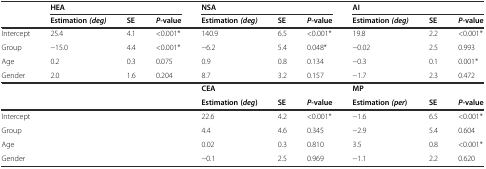
|  | <COLSPAN=3> HEA | <COLSPAN=3> NSA | <COLSPAN=3> AI |
 |  | Estimation(deg) | SE | P-value | Estimation(deg) | SE | P-value | Estimation(deg) | SE | P-value |
 | --- | --- | --- | --- | --- | --- | --- | --- | --- | --- |
 | Intercept | 25.4 | 4.1 | <0.001* | 140.9 | 6.5 | <0.001* | 19.8 | 2.2 | <0.001* |
 | Group | −15.0 | 4.4 | <0.001* | −6.2 | 5.4 | 0.048* | −0.02 | 2.5 | 0.993 |
 | Age | 0.2 | 0.3 | 0.075 | 0.9 | 0.8 | 0.134 | −0.3 | 0.1 | 0.001* |
 | Gender | 2.0 | 1.6 | 0.204 | 8.7 | 3.2 | 0.157 | −1.7 | 2.3 | 0.472 |
 |  |  |  |  | <COLSPAN=3> CEA | <COLSPAN=3> MP |
 |  |  |  |  | Estimation (deg) | SE | P-value | Estimation(per) | SE | P-value |
 | <COLSPAN=4> Intercept | 22.6 | 4.2 | <0.001* | −1.6 | 6.5 | <0.001* |
 | <COLSPAN=4> Group | 4.4 | 4.6 | 0.345 | −2.9 | 5.4 | 0.604 |
 | <COLSPAN=4> Age | 0.02 | 0.3 | 0.810 | 3.5 | 0.8 | <0.001* |
 | <COLSPAN=4> Gender | −0.1 | 2.5 | 0.969 | −1.1 | 2.2 | 0.620 |